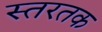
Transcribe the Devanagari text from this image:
स्तरतक